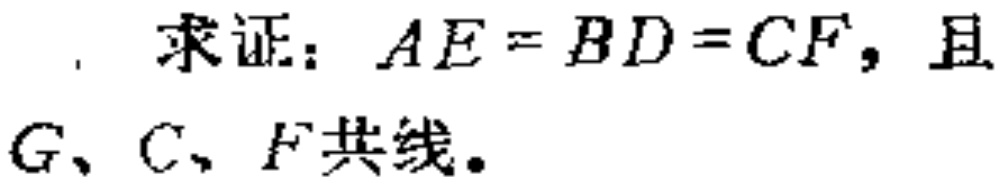
. 求证：\(AE = BD = CF\)，且\(G、C、F\)共线。